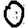
Digit: 0